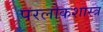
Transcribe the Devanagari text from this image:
परलोकशास्त्र